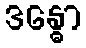
ဒန္ဓော